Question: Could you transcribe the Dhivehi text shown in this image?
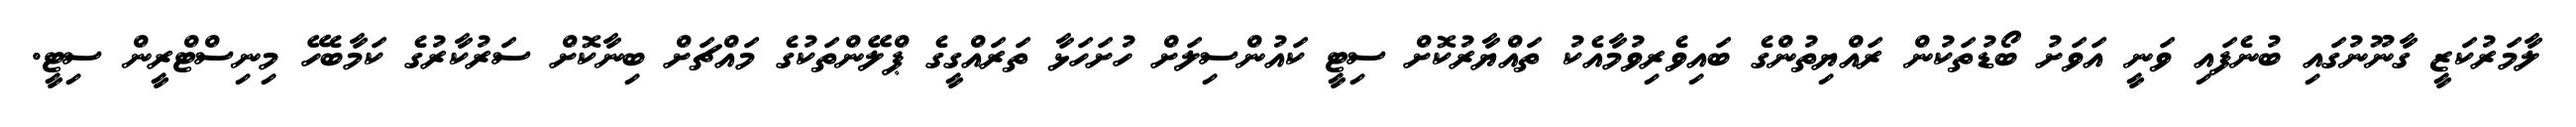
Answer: ލާމަރުކަޒީ ގާނޫނުގައި ބުނެފައި ވަނީ އަވަށު ބޯޑުތަކުން ރައްޔިތުންގެ ބައިވެރިވުމާއެކު ތައްޔާރުކޮށް ސިޓީ ކައުންސިލަށް ހުށަހަޅާ ތަރައްގީގެ ޕްލޭންތަކުގެ މައްޗަށް ބިނާކޮށް ސަރުކާރުގެ ކަމާބެހޭ މިނިސްޓްރީން ސިޓީ.